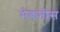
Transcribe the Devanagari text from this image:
मेकनीस